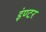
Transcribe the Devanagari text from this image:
इंण्टर